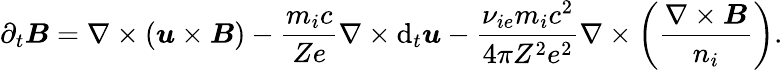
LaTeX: \partial_{t}\boldsymbol{B}=\nabla\times(\boldsymbol{u}\times\boldsymbol{B})-\frac{m_{i}c}{Ze}\nabla\times\mathrm{d}_{t}\boldsymbol{u}-\frac{\nu_{ie}m_{i}c^{2}}{4\pi Z^{2}e^{2}}\nabla\times\left(\frac{\nabla\times\boldsymbol{B}}{n_{i}}\right).